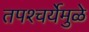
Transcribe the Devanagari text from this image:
तपश्‍चर्येमुळे